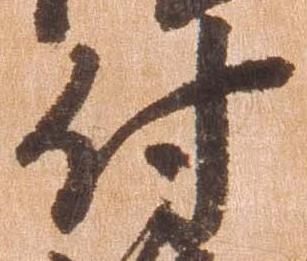
付